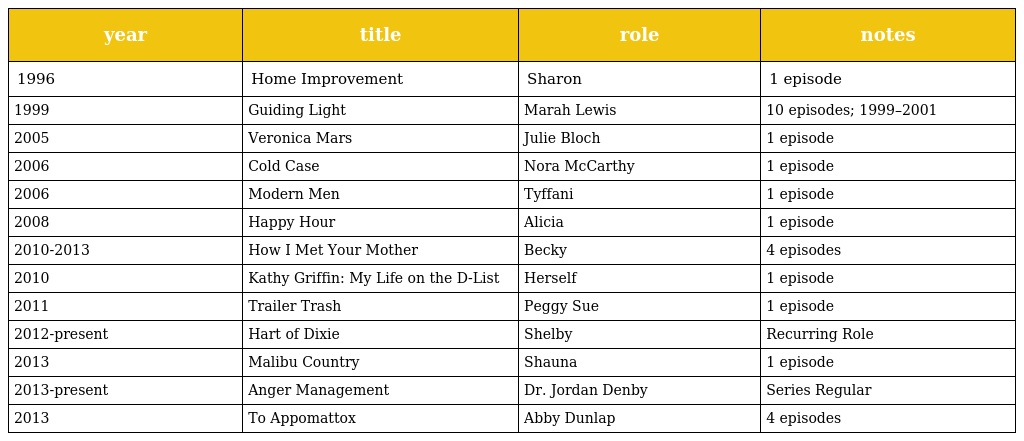
| year | title | role | notes |
 | --- | --- | --- | --- |
 | 1996 | Home Improvement | Sharon | 1 episode |
 | 1999 | Guiding Light | Marah Lewis | 10 episodes; 1999–2001 |
 | 2005 | Veronica Mars | Julie Bloch | 1 episode |
 | 2006 | Cold Case | Nora McCarthy | 1 episode |
 | 2006 | Modern Men | Tyffani | 1 episode |
 | 2008 | Happy Hour | Alicia | 1 episode |
 | 2010-2013 | How I Met Your Mother | Becky | 4 episodes |
 | 2010 | Kathy Griffin: My Life on the D-List | Herself | 1 episode |
 | 2011 | Trailer Trash | Peggy Sue | 1 episode |
 | 2012-present | Hart of Dixie | Shelby | Recurring Role |
 | 2013 | Malibu Country | Shauna | 1 episode |
 | 2013-present | Anger Management | Dr. Jordan Denby | Series Regular |
 | 2013 | To Appomattox | Abby Dunlap | 4 episodes |